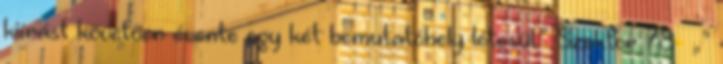
kiírást követően évente egy–két bemutatóhely létesül.” Szektor 78 ▪„”